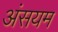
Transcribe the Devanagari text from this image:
अंसयम